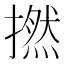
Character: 撚